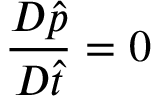
\frac { D \hat { p } } { D \hat { t } } = 0